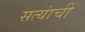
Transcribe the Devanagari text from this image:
सत्यांची